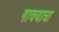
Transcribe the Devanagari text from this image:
गावयात्रा